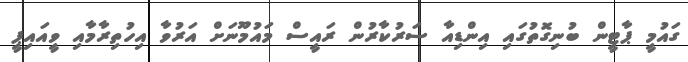
ގައުމީ ޕާޓީން ބުނިގޮތުގައި އިންޑިއާ ސަރުކާރުން ރައީސް މައުމޫނަށް އަރުވާ އިހުތިރާމާއި ވީއައިޕީ